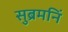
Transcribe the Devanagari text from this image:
सुब्रमनिं